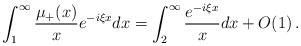
LaTeX: \begin{align*}\int_1^\infty \frac{\mu_+(x)}{x}e^{- i \xi x}dx=\int_2^\infty \frac{e^{- i \xi x}}{x}dx+O(1)\,.\end{align*}